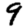
Digit: 9